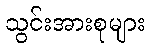
သွင်းအားစုများ